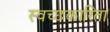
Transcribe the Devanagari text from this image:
स्वच्छकारिता